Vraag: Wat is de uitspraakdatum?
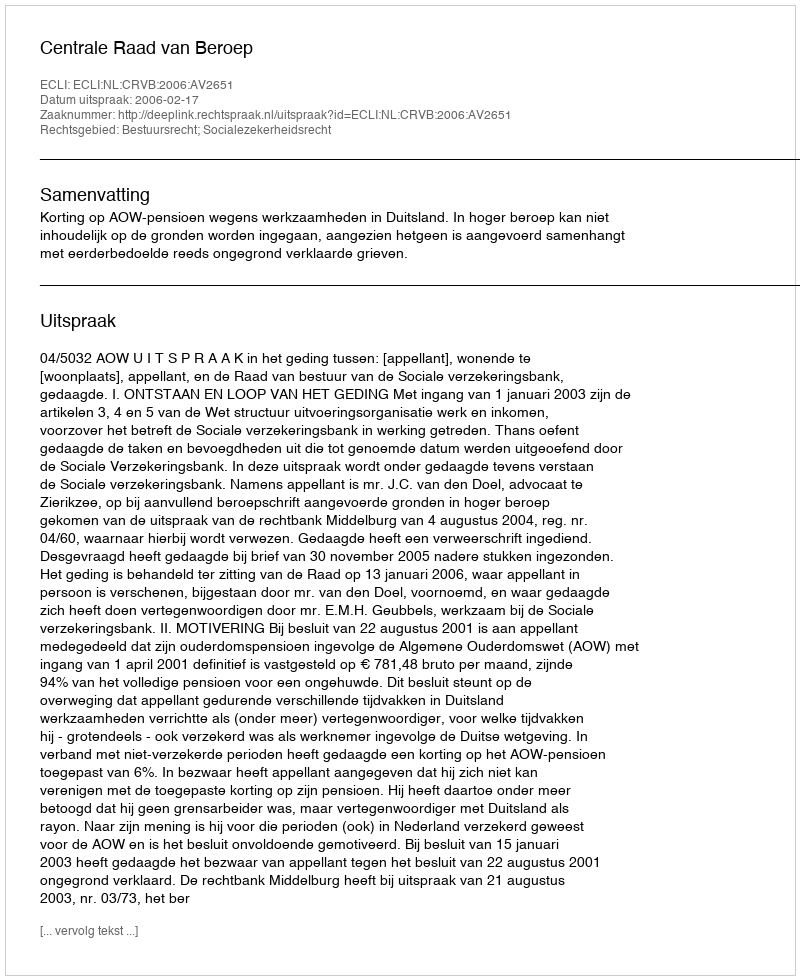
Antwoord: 2006-02-17